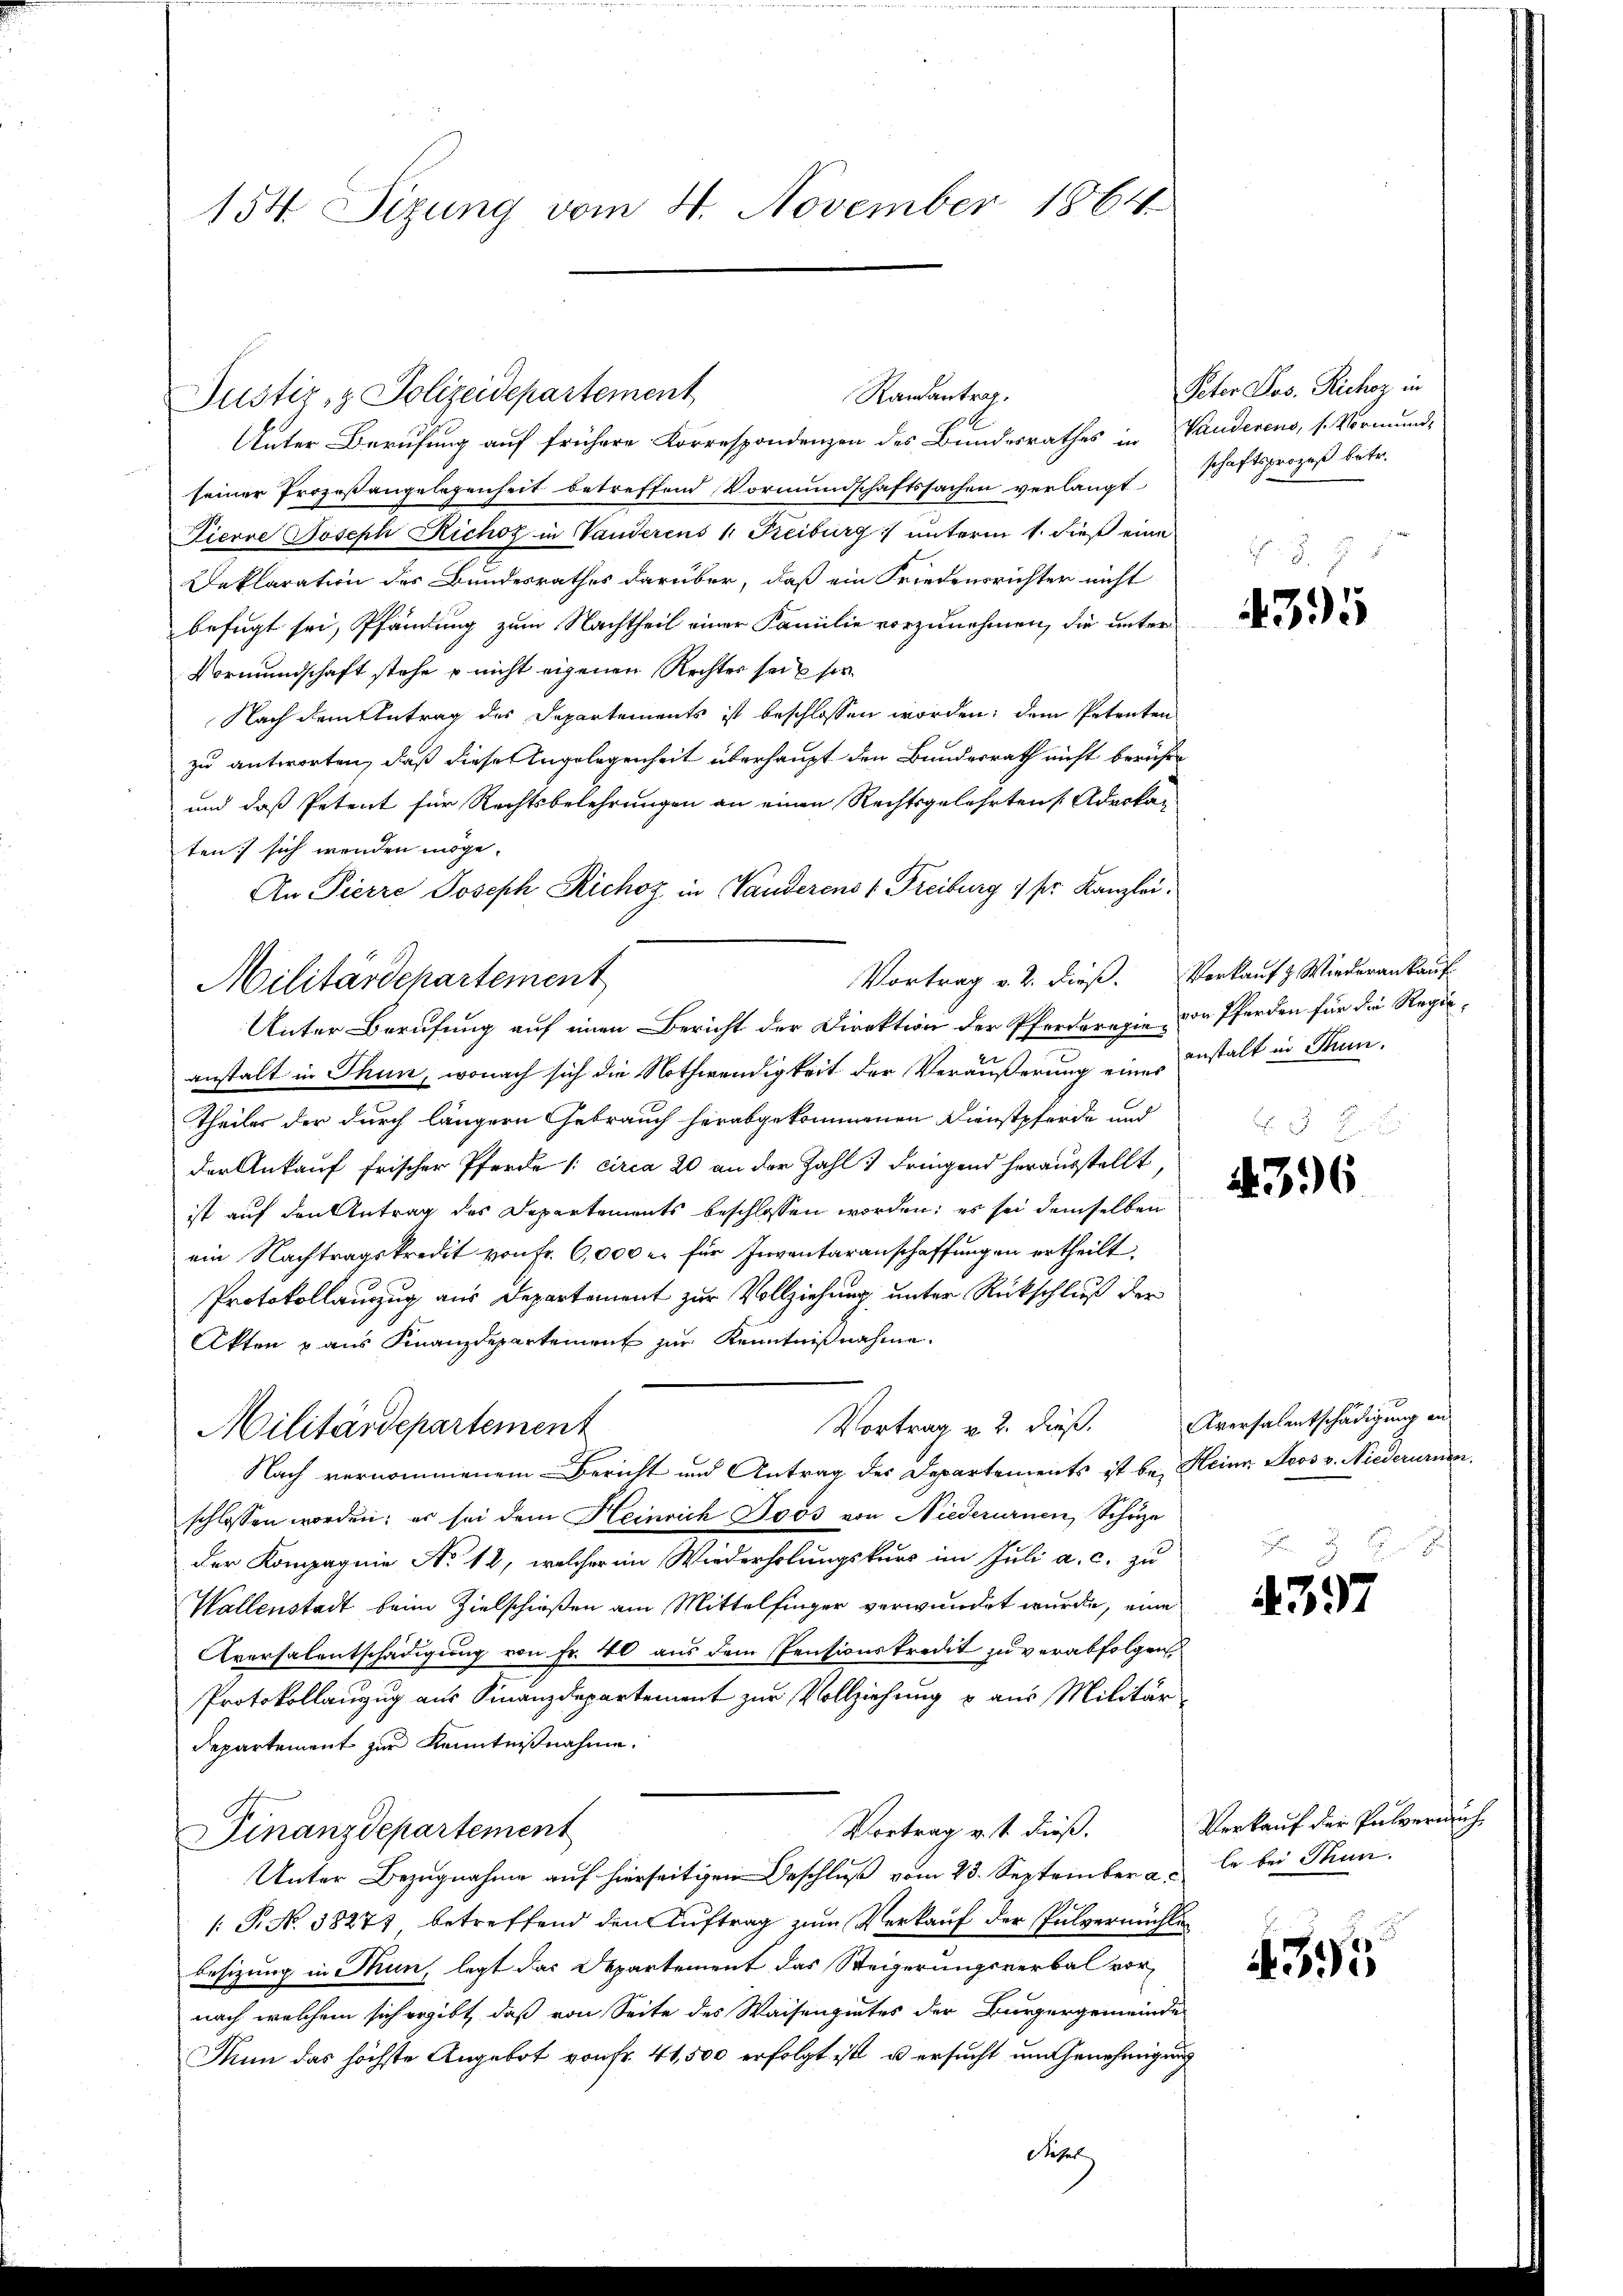
154. Sizung vom 4. November 1864

Unter Berufung auf frühere Korrespondenzen des Bundesrathes in Vanderens, s. Vormund-
seiner Prozeßangelegenheit betreffend Vormundschaftssachen verlangt Schaftsprozeß betr.
Pierre Joseph Richof in Vanderens 1. Freiburg unterm 1. dieß eine
Deklaration des Bundesrathes darüber, daß ein Friedensrichter nicht
befugt sei, Pfändung zum Nachtheil einer Familie vorzunehmen, die unter
Vormundschaft stehe p nicht eigenen Rechter sei ser
Nach dem Antrag des Departements ist beschlossen worden; dem Petenten
zu antworten, daß diese Angelegenheit überhaupt den Bundesrath nicht berühre
und daß Petent für Rechtsbelehrungen an einen Rechtsgelehrten Aderkan
ten; sich wenden möge.
An Pierre Joseph Richoz in Wanderens 1 Freiburg 1 sr. Kanzlei.
Vortrag v. 2. dieß. Verkauf & Wiederankauf
Militärdepartement
Unter Berufung auf einen Bericht der Direktion der Pferdarexie von Pferden für die Regie-
anstalt in Thun, wonach sich die Nothwendigkeit der Veräußerung eines stalt in Thun¬
Theiles der durch längern Gebrauch herabgekommenen Dienstpferde und
der Ankauf frischer Pferde (circa 20 an der Zahl dringend herausstellt,
ist auf den Antrag des Departements beschlossen worden; es sei demselben
ein Nachtragskredit von Fr. 6,000 er für Inventaranschaffungen ertheilt.
Protokollanzzug aus Departement zur Vollziehung unter Rückschluß der
Akten p aus Finanzdepartement zur Kenntnißnahme.
Vortrag v. 2. dieß. Aversalentschädigung an
Militärdepartement
Nach vernommenem Bericht und Antrag des Departements ist bei Heine Loos v. Niederumen
schlossen worden; er sei dem Heinrich Doos von Niederurnen, Schüze
der Kompagnie Ao 18, welcher in Wiederholungskurs im Juli a. c. zu
Wallenstadt beim Zielschießen am Mittelfinger verwundet wurde, eine
Aversalentschädigung von Fr. 40 aus dem Pensionskredit zu verabfolgen,
Protokollanzug aus Finanzdepartement zur Vollziehung & aus Militär-
departement zur Kenntnißnahme.
Vortrag v. 1. dieß.
Finanzdepartement
Unter Bezugnahme auf hierseitigen Beschluß vom 23. September a le bei Thun.
[T. N. 38271 betreffend den Auftrag zum Verkauf der Pulvermühle
besizung in Thun, legt das Departement das Steigerungsverbal vor-
nach welchem sich ergibt, daß von Seite des Waisengietes der Bürgergemeinde
Mun das höchste Angebot von Fr. 41,500 erfolgt ist, u ersucht im Genehmigung

Justiz- & Polizeidepartement

Randantrag.

. S. 85

e

Peter Jos. Richoz in

397

435

4396

Verkauf der Pulvereich